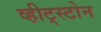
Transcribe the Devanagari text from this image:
व्हीट्स्टोन